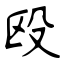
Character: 殴